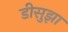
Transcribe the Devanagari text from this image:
डीसुझा